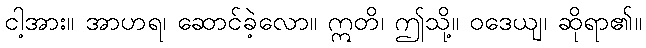
ငါ့အား။ အာဟရ၊ ဆောင်ခဲ့လော။ ဣတိ၊ ဤသို့။ ဝဒေယျ၊ ဆိုရာ၏။